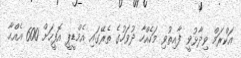
އަކްރަމް ވިދާޅުވީ ފާއިތުވި މަހެއްހާ ދުވަހުގެ ތެރޭގައި އެމްޑީޕީ އޮފީހަށް 600 އެއްހާ